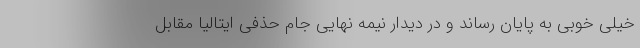
خیلی خوبی به پایان رساند و در دیدار نیمه نهایی جام حذفی ایتالیا مقابل